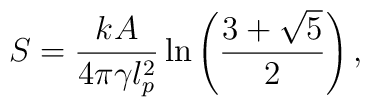
S=\frac{kA}{4\pi\gamma l_p^2} \ln \left( \frac{3+\sqrt{5}}{2} \right),